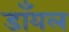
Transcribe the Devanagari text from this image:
डाँयल